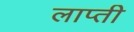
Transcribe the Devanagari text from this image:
लाप्ती